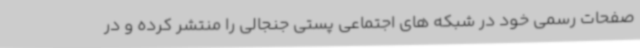
صفحات رسمی خود در شبکه های اجتماعی پستی جنجالی را منتشر کرده و در